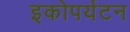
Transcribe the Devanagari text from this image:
इकोपर्यटन